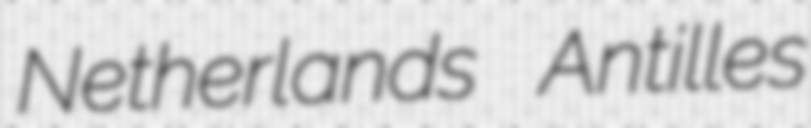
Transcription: Netherlands Antilles